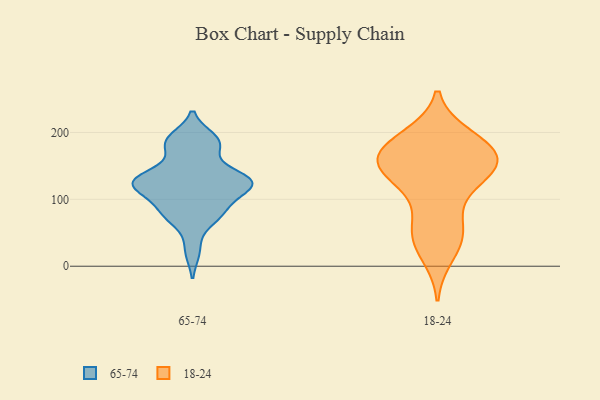
{"axis": {"x": "Shipments", "y": "Value"}, "legend": ["18-24", "65-74"], "data": [{"x": "", "y": 191, "type": "65-74"}, {"x": "", "y": 127, "type": "65-74"}, {"x": "", "y": 137, "type": "65-74"}, {"x": "", "y": 129, "type": "65-74"}, {"x": "", "y": 128, "type": "65-74"}, {"x": "", "y": 72, "type": "65-74"}, {"x": "", "y": 130, "type": "65-74"}, {"x": "", "y": 79, "type": "65-74"}, {"x": "", "y": 114, "type": "65-74"}, {"x": "", "y": 188, "type": "65-74"}, {"x": "", "y": 122, "type": "65-74"}, {"x": "", "y": 111, "type": "65-74"}, {"x": "", "y": 76, "type": "65-74"}, {"x": "", "y": 23, "type": "65-74"}, {"x": "", "y": 128, "type": "65-74"}, {"x": "", "y": 180, "type": "65-74"}, {"x": "", "y": 179, "type": "65-74"}, {"x": "", "y": 91, "type": "65-74"}, {"x": "", "y": 84, "type": "18-24"}, {"x": "", "y": 51, "type": "18-24"}, {"x": "", "y": 185, "type": "18-24"}, {"x": "", "y": 17, "type": "18-24"}, {"x": "", "y": 165, "type": "18-24"}, {"x": "", "y": 183, "type": "18-24"}, {"x": "", "y": 149, "type": "18-24"}, {"x": "", "y": 158, "type": "18-24"}, {"x": "", "y": 155, "type": "18-24"}, {"x": "", "y": 128, "type": "18-24"}, {"x": "", "y": 41, "type": "18-24"}, {"x": "", "y": 49, "type": "18-24"}, {"x": "", "y": 148, "type": "18-24"}, {"x": "", "y": 134, "type": "18-24"}, {"x": "", "y": 193, "type": "18-24"}, {"x": "", "y": 146, "type": "18-24"}, {"x": "", "y": 180, "type": "18-24"}]}